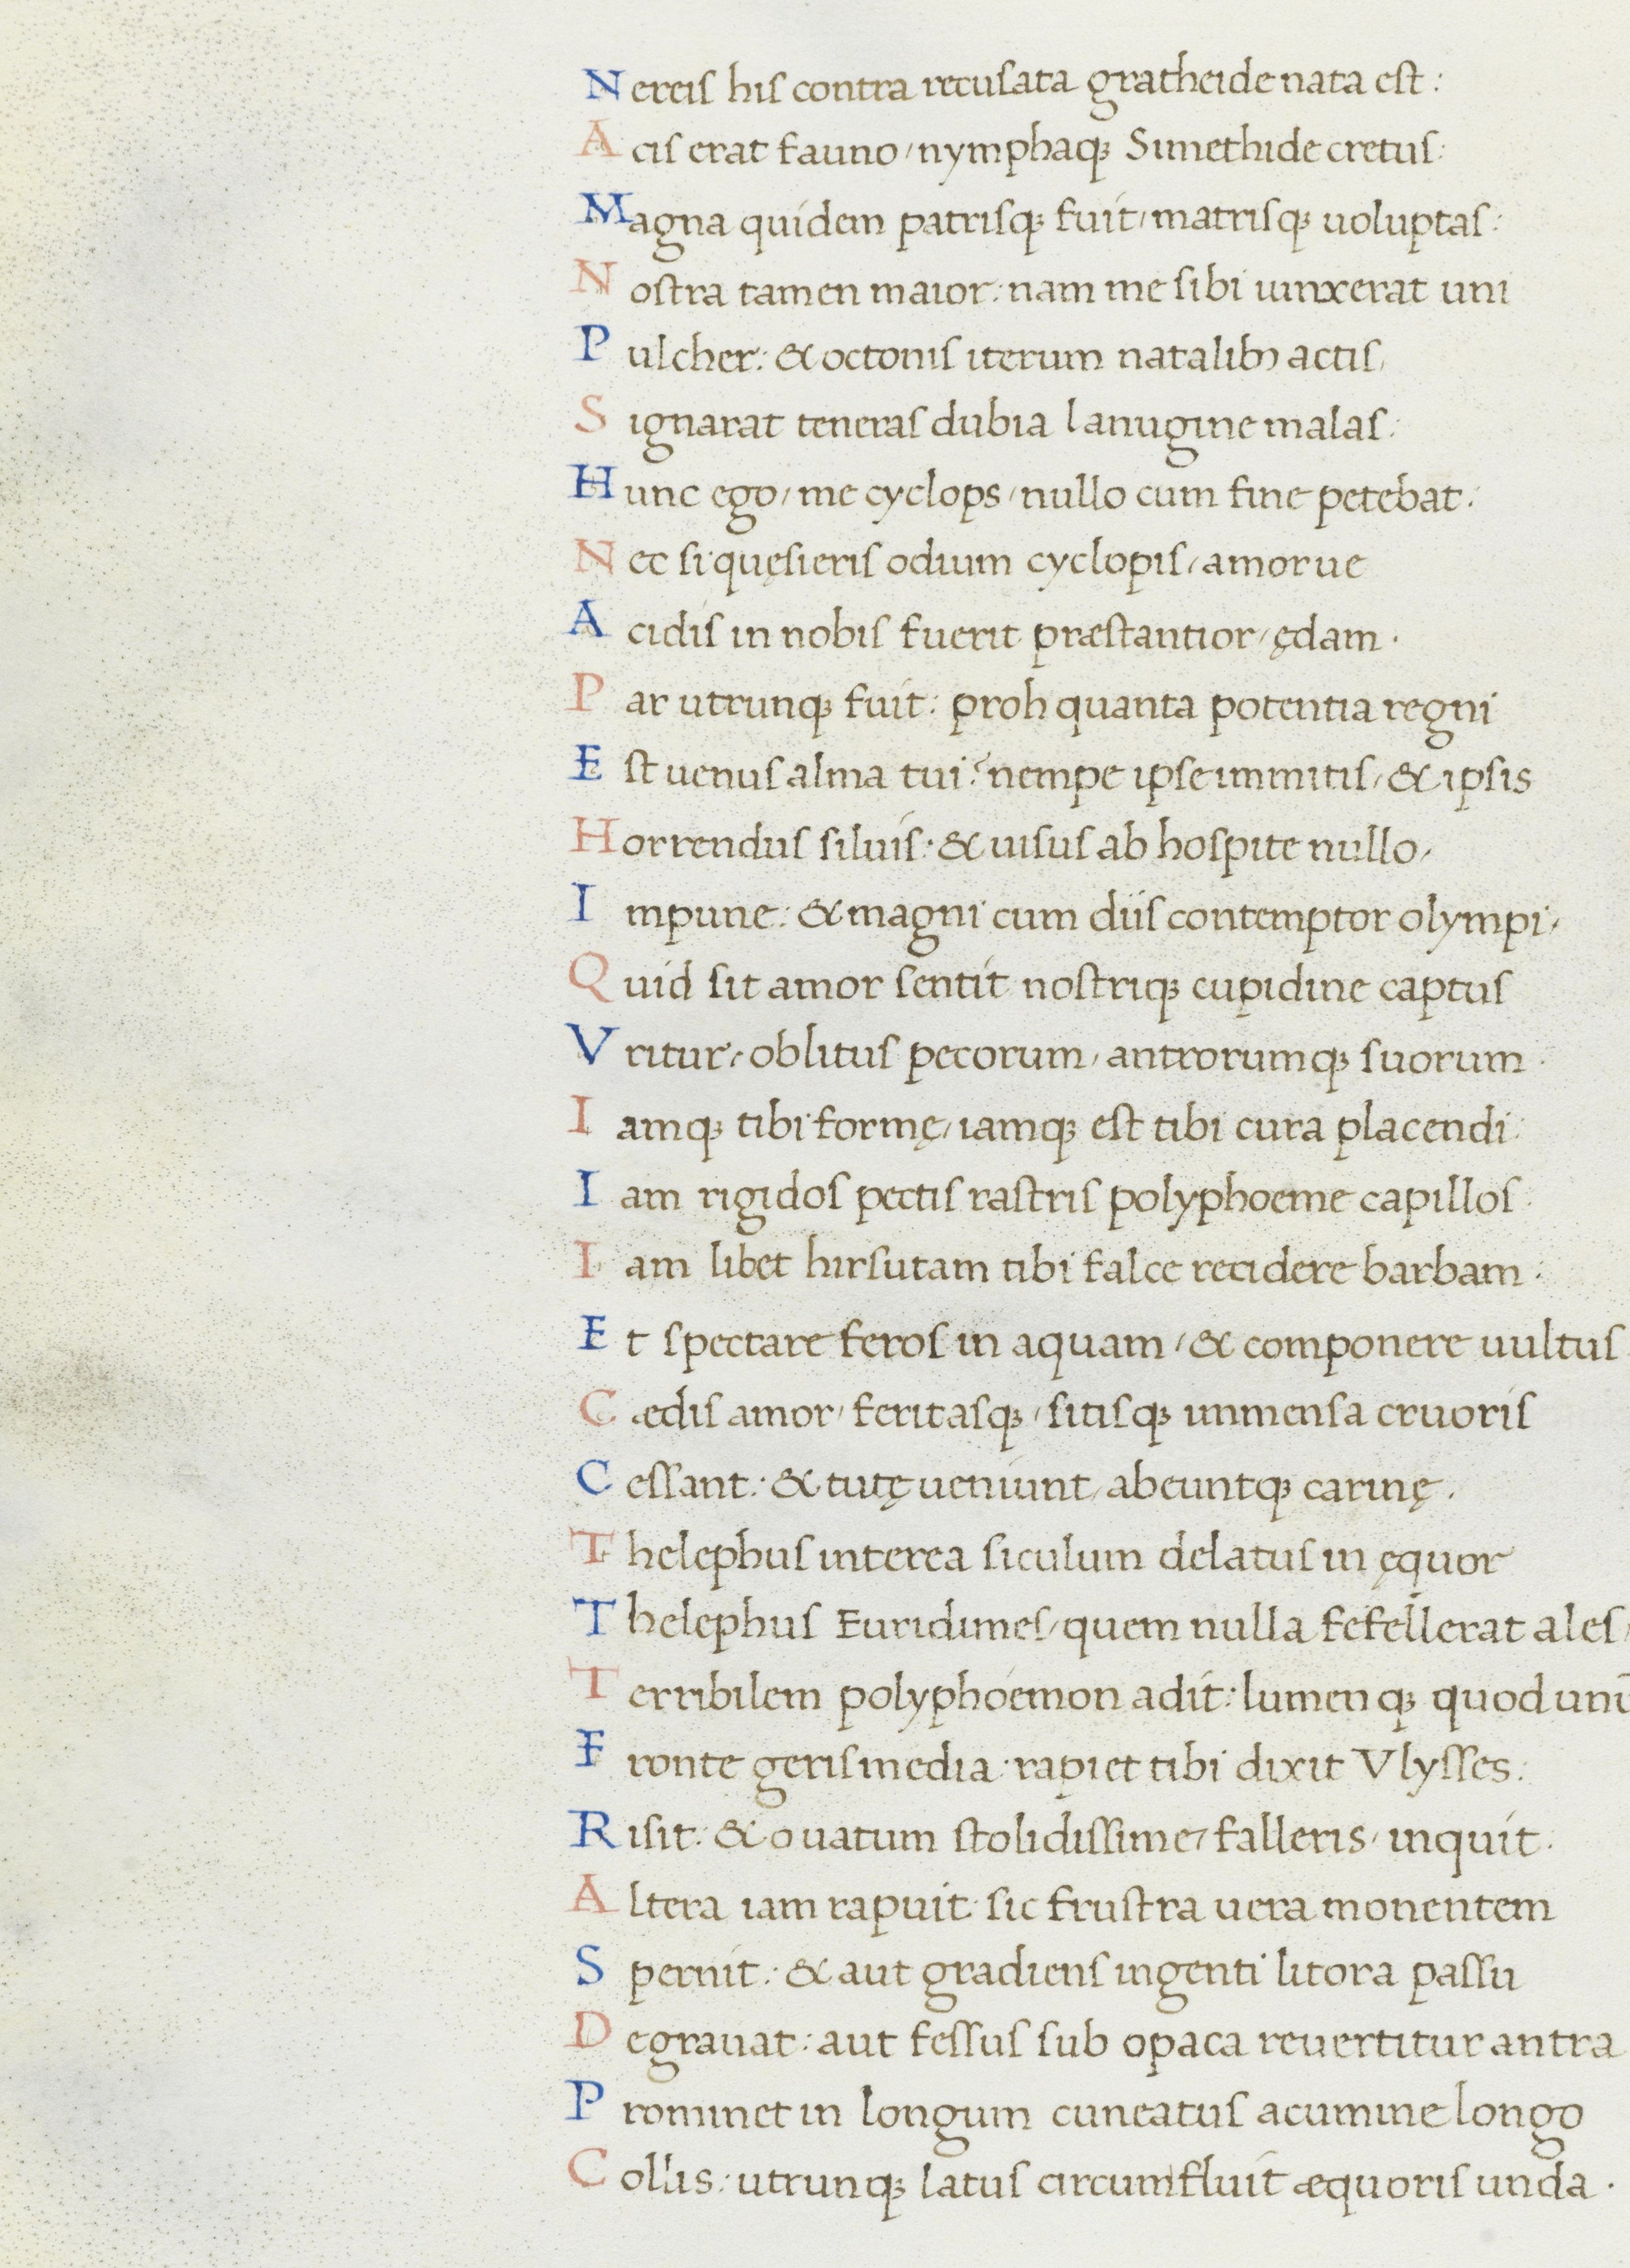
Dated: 1465–1495